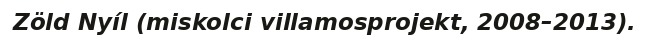
Zöld Nyíl (miskolci villamosprojekt, 2008–2013).